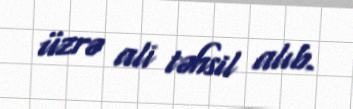
üzrə ali təhsil alıb.